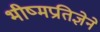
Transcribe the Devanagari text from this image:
भीष्मप्रतिज्ञेने